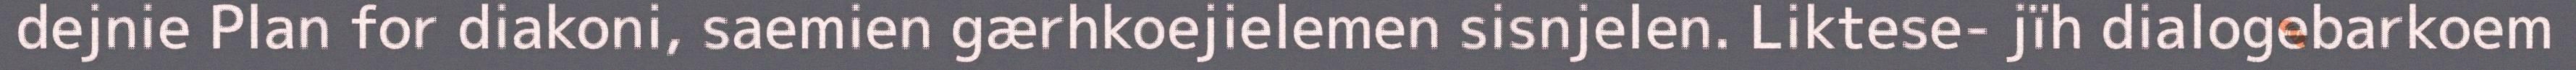
dejnie Plan for diakoni, saemien gærhkoejielemen sisnjelen. Liktese- jïh dialogebarkoem